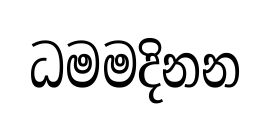
ධමමදිනන